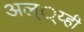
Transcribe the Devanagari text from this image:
अल््य्ही